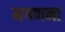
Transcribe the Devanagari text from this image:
नगणना